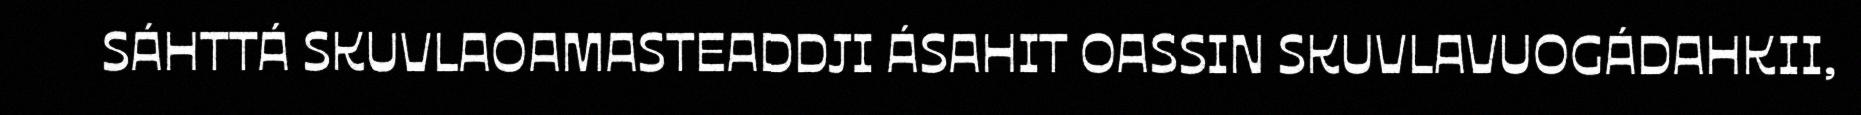
SÁHTTÁ SKUVLAOAMASTEADDJI ÁSAHIT OASSIN SKUVLAVUOGÁDAHKII,